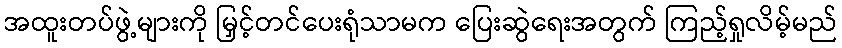
အထူးတပ်ဖွဲ့များကို မြှင့်တင်ပေးရုံသာမက ပြေးဆွဲရေးအတွက် ကြည့်ရှုလိမ့်မည်